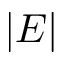
| E |